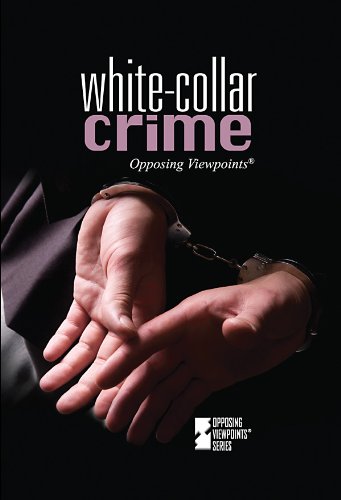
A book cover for White-Collar Crime (Opposing Viewpoints); Kelly Wand; Teen & Young Adult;